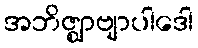
အဘိဇ္ဈာဗျာပါဒေါ